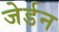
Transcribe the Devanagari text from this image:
जेर्डन